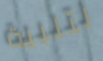
لتلبية